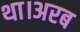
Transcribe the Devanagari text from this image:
था।अरब